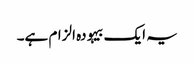
یہ ایک بیہودہ الزام ہے۔